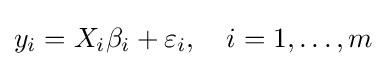
y_{i}=X_{i}\beta _{i}+\varepsilon _{i},\quad i=1,\ldots ,m